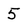
Character: 5